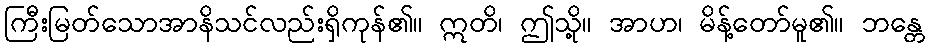
ကြီးမြတ်သောအာနိသင်လည်းရှိကုန်၏။ ဣတိ၊ ဤသို့။ အာဟ၊ မိန့်တော်မူ၏။ ဘန္တေ